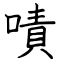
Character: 嘖